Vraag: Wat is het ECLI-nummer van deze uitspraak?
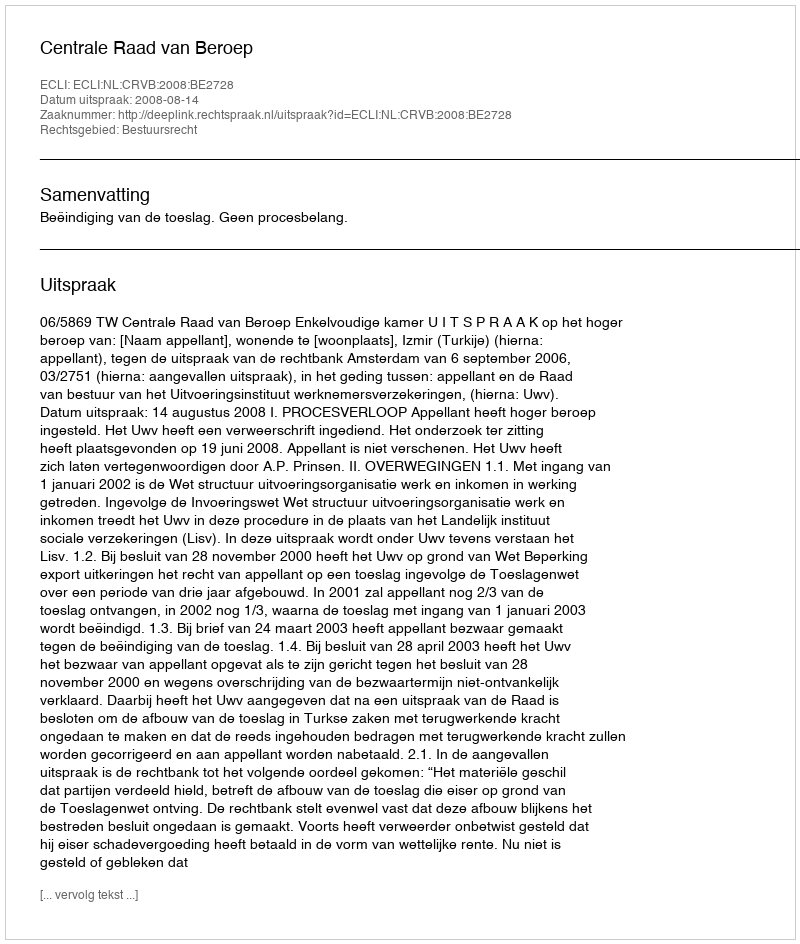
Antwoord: ECLI:NL:CRVB:2008:BE2728